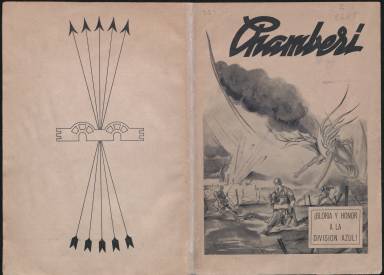
Título: Chamberí (Madrid. 1942)
Colección: Historia
Ámbito geográfico: Madrid
Lugar de publicación: Madrid
Fechas: 01/03/1942-31/03/1942